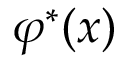
\varphi ^ { * } ( x )